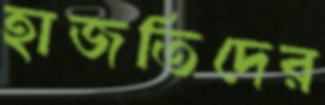
হাজতিদের